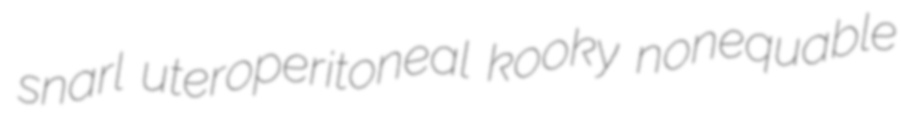
snarl uteroperitoneal kooky nonequable